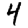
Digit: 4